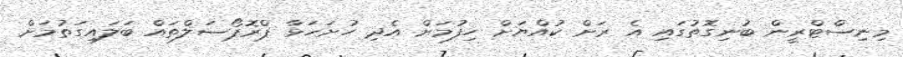
މިނިސްޓްރީން ބުނިގޮތުގައި އެ ރަަށް ކުއްޔަށް ހިފުމަށް އެދި ހުށަހަޅާ ޕްރޮޕޯސަލްތައް ބަލައިގަތުމަށް